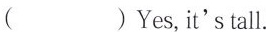
()Yes,it's tall.